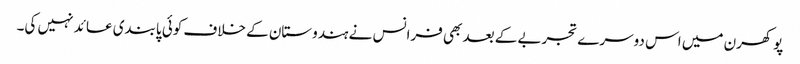
پوکھرن میں اس دوسرے تجربے کے بعد بھی فرانس نے ہندوستان کے خلاف کوئی پابندی عائد نہیں کی۔